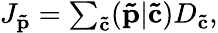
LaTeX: \begin{array}{r}{J_{\mathbf{\tilde{p}}}=\sum_{\mathbf{\tilde{c}}}(\mathbf{\tilde{p}}|\mathbf{\tilde{c}})D_{\mathbf{\tilde{c}}},}\end{array}